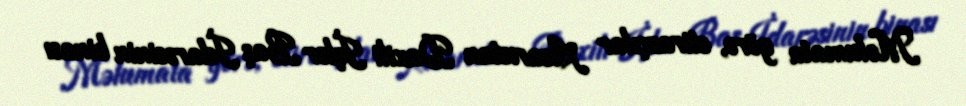
Məlumata görə, etirazçılar Acarıstan Daxili İşlər Baş İdarəsinin binası